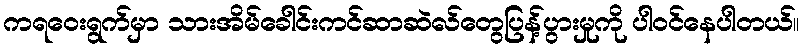
ကရဝေးရွက်မှာ သားအိမ်ခေါင်းကင်ဆာဆဲလ်တွေပြန့်ပွားမှုကို ပါဝင်နေပါတယ်။